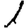
Digit: 1